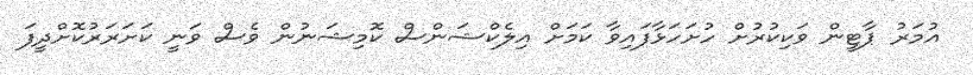
އުމަރު ޕާޓީން ވަކިކުރުށް ހުށަހަޅާފައިވާ ކަމަށް އިލެކްޝަންސް ކޮމިޝަނުން ވެސް ވަނީ ކަށަރަރުކޮށްދީފަ